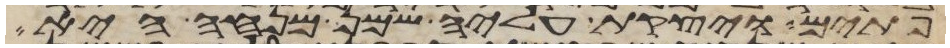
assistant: פתים ויצקת עליה שמן מנחה היא